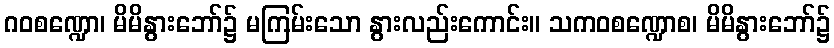
ဂဝစဏ္ဍော၊ မိမိနွားဘော်၌ မကြမ်းသော နွားလည်းကောင်း။ သကဝစဏ္ဍောစ၊ မိမိနွားဘော်၌